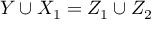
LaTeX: Y \cup X _ { 1 } = Z _ { 1 } \cup Z _ { 2 }